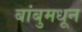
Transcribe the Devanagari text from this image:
बांबुमधून